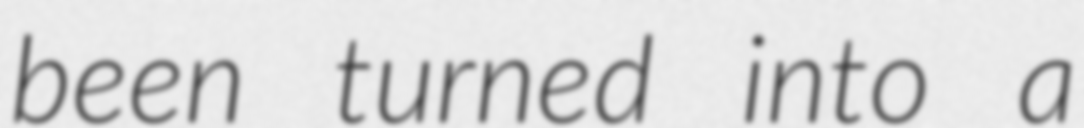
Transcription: been turned into a